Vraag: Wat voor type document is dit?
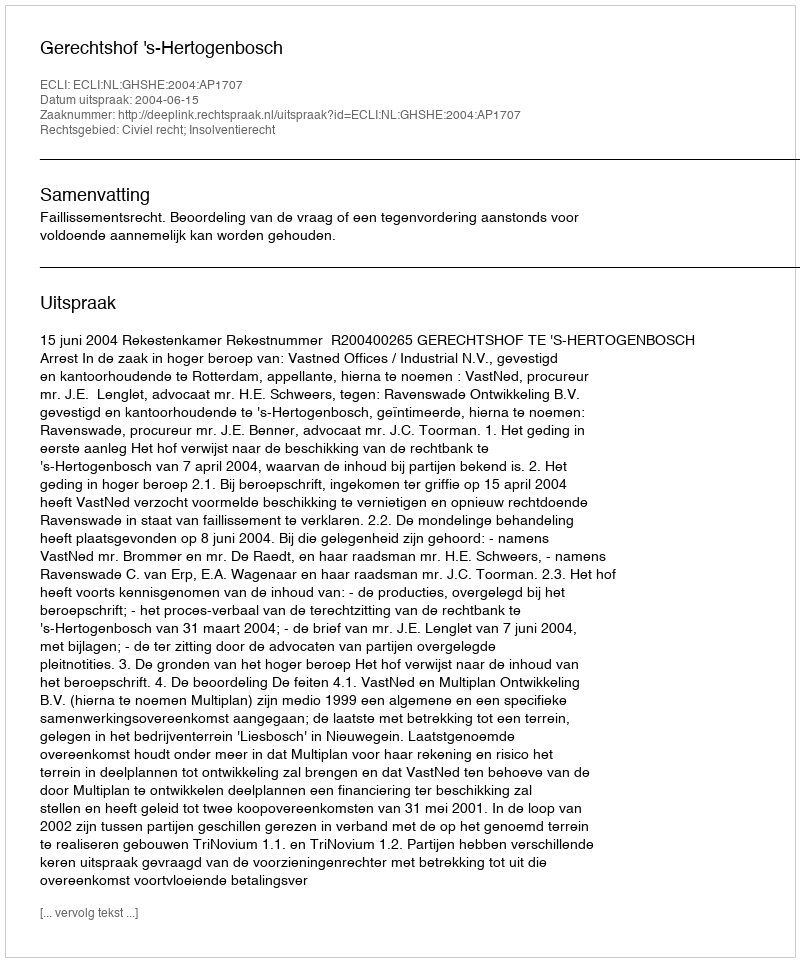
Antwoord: Uitspraak